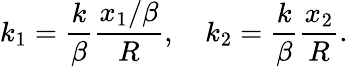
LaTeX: k_{1}=\frac{k}{\beta}\frac{x_{1}/\beta}{R},\quad k_{2}=\frac{k}{\beta}\frac{x_{2}}{R}.